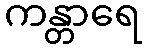
ကန္တာရေ